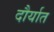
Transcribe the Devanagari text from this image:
दौर्यात